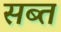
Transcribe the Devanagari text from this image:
सब्त